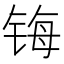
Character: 𰾄